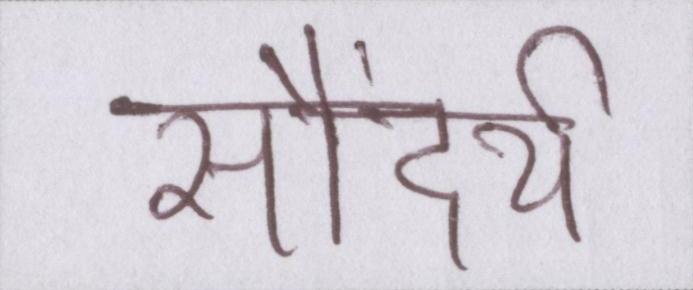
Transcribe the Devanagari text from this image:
सौंदर्य